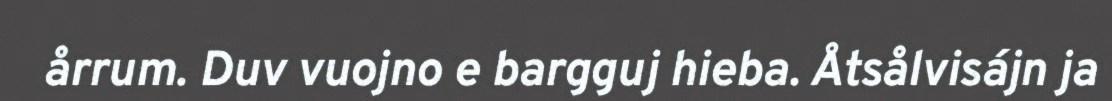
årrum. Duv vuojno e bargguj hieba. Åtsålvisájn ja